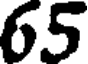
65